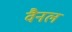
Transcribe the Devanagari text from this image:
वैनल